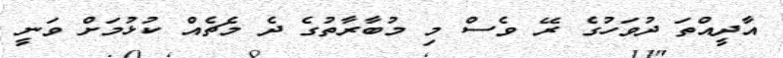
އާދީއްތަ ދުވަހުގެ ރޭ ވެސް މި މުބާރާތުގެ ދެ މެޗެއް ކުޅުމަށް ވަނީ